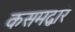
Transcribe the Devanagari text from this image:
कसमद्वारे